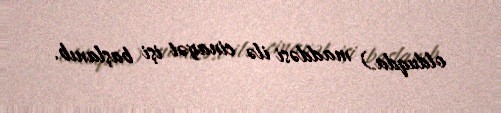
olduqda) maddəsi ilə cinayət işi başlanıb.